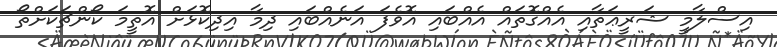
އިސްލާމީ ޝަރީޢަތާއި އެއްގޮތައް އެއްބައި އޮވެފަ އަނެއްބައި ދިމާ އިދިކޮޅަށް އޮތީމަ ކޯންޗަކަށްތޯ